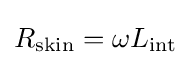
R_{\mathrm {skin} }=\omega L_{\mathrm {int} }